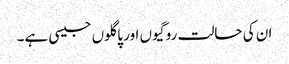
ان کی حالت روگیوں اور پاگلوں جیسی ہے۔